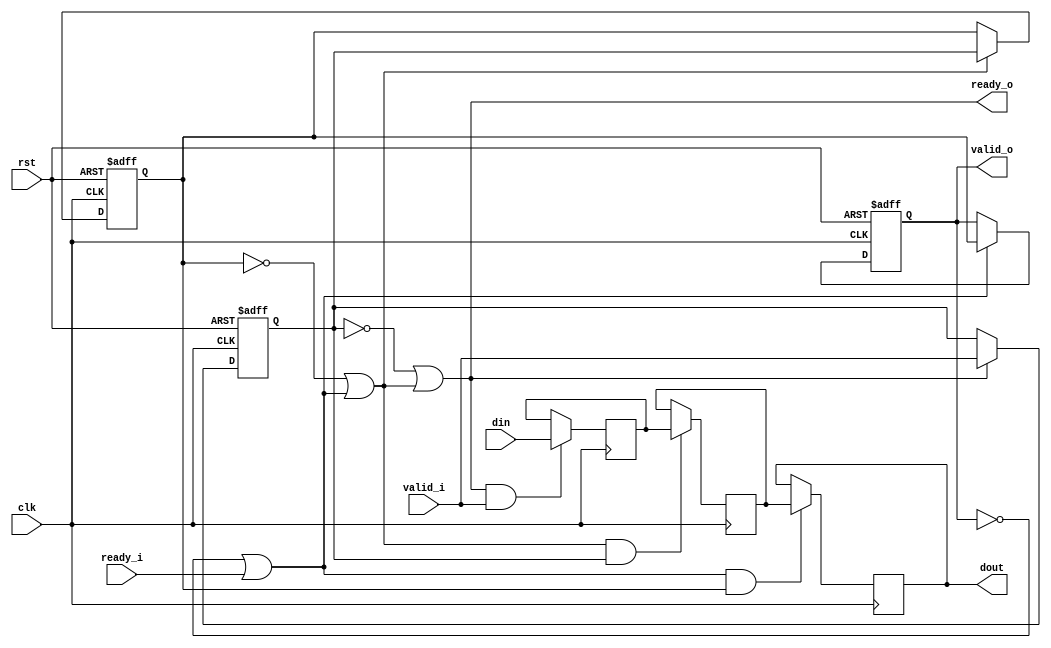
module top_nofifo (
           input wire clk,
           input wire rst,
           input wire valid_i,
           input wire ready_i,
           input wire [7: 0] din,

           output wire [7: 0] dout,
           output wire ready_o,
           output wire valid_o
       );

reg valid_r1;
wire ready_r1;
reg [7: 0]din_r;
reg valid_r2;
wire ready_r2;
reg valid_r3;

reg [7 : 0] din_rr;
reg [7 : 0] din_rrr;

assign ready_o = ~valid_r1 || ready_r1;


always @ (posedge clk or negedge rst)
	begin
		if (!rst)
			begin
				valid_r1 <= 1'b0;
			end
		else if (ready_o)
			begin
				valid_r1 <= valid_i;
			end
	end

always @ (posedge clk)
	begin
		if (ready_o & valid_i)
			begin
				din_r <= din;
			end
	end

assign ready_r1 = ~valid_r2 || ready_r2;

always @ (posedge clk or negedge rst)
	begin
		if (!rst)
			begin
				valid_r2 <= 1'b0;
			end
		else if (ready_r1)
			begin
				valid_r2 <= valid_r1;
			end
	end

always @ (posedge clk)
	begin
		if (ready_r1 & valid_r1)
			begin
				din_rr <= din_r;
			end
	end

assign ready_r2 = ~valid_r3 || ready_i;



always @ (posedge clk or negedge rst)
	begin
		if (!rst)
			begin
				valid_r3 <= 1'b0;
			end
		else if (ready_r2)
			begin
				valid_r3 <= valid_r2;
			end
	end

always @ (posedge clk)
	begin
		if (ready_r2 & valid_r2)
			begin
				din_rrr <= din_rr;
			end
	end

assign dout = din_rrr;
assign valid_o = valid_r3;
endmodule